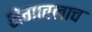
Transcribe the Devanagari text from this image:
शेगावलाच